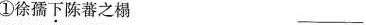
①徐孺下陈蕃之榻 ___